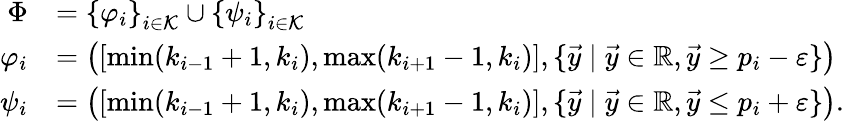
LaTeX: \begin{array}{rl}{\Phi}&{={\{ \varphi_{i}\} }_{i\in\mathcal{K}}\cup{\{ \psi_{i}\} }_{i\in\mathcal{K}}}\\ {\varphi_{i}}&{=\left([\operatorname*{min}(k_{i-1}+1,k_{i}),\operatorname*{max}(k_{i+1}-1,k_{i})],\{ \vec{y}\mid\vec{y}\in\mathbb{R},\vec{y}\geq p_{i}-\varepsilon\} \right)}\\ {\psi_{i}}&{=\left([\operatorname*{min}(k_{i-1}+1,k_{i}),\operatorname*{max}(k_{i+1}-1,k_{i})],\{ \vec{y}\mid\vec{y}\in\mathbb{R},\vec{y}\leq p_{i}+\varepsilon\} \right).}\end{array}